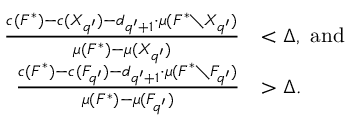
\begin{array} { r l } { \frac { c ( F ^ { * } ) - c ( X _ { q ^ { \prime } } ) - d _ { q ^ { \prime } + 1 } \cdot \mu ( F ^ { * } \setminus X _ { q ^ { \prime } } ) } { \mu ( F ^ { * } ) - \mu ( X _ { q ^ { \prime } } ) } } & { < \Delta , \ \mathrm { a n d } } \\ { \frac { c ( F ^ { * } ) - c ( F _ { q ^ { \prime } } ) - d _ { q ^ { \prime } + 1 } \cdot \mu ( F ^ { * } \setminus F _ { q ^ { \prime } } ) } { \mu ( F ^ { * } ) - \mu ( F _ { q ^ { \prime } } ) } } & { > \Delta . } \end{array}